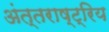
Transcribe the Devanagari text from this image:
अंत्तराष्ट्रिय